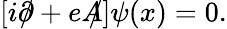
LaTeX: \left[i\partial\! \! \! /+eA\! \! \! /\right]\psi(x)=0.